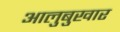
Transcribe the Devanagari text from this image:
आलुबुखार